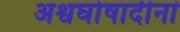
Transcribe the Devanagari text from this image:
अश्वघोषादीनां